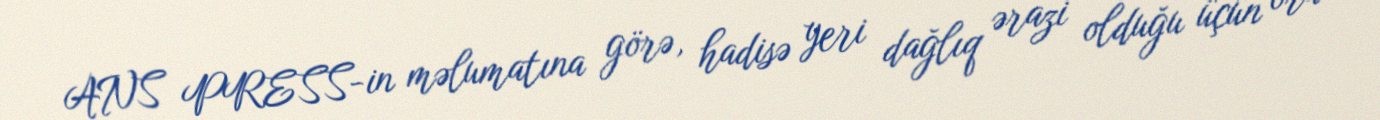
ANS PRESS-in məlumatına görə, hadisə yeri dağlıq ərazi olduğu üçün ora